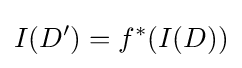
I(D')=f^{*}(I(D))